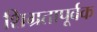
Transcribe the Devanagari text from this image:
शिग्रतापूर्वक